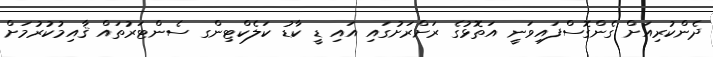
ދެންކުރިއަށް ގެންގޮސްފައިވަނީ އަތޮޅުގެ ރަށްރަށުގައި އައި ޑީ ކާޑު ކަލެކްޓިންގ ސެންޓަރުތައް ޤާއިމުކުރުމަށް